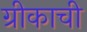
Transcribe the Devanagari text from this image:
ग्रीकाची